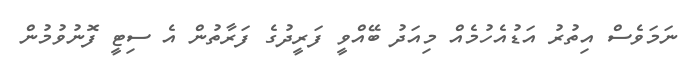
ނަމަވެސް އިތުރު އަޑުއެހުމެއް މިއަދު ބޭއްވީ ފަރީދުގެ ފަރާތުން އެ ސިޓީ ފޮނުވުމުން